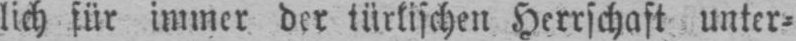
lich für immer der türkischen Herrschaft unter⸗